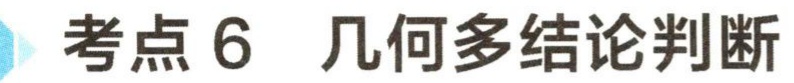
考点 6 几何多结论判断